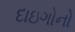
દાઇગોનો